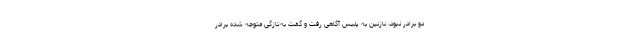
دو برادر نبود، نازنین به پلیس آگاهی رفت و گفت به‌تازگی متوجه شده برادر